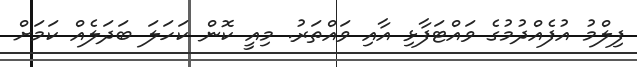
ފިލްމު އުފެއްދުމުގެ ވައްޓަފާޅި އާއި ވައްތަރު. މިއީ ކޮން ކަހަލަ ބަދަލެއް ކަމަށް